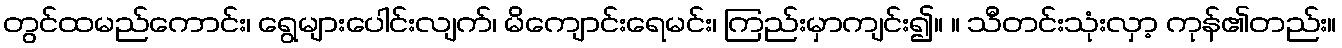
တွင်ထမည်ကောင်း၊ ရွေများပေါင်းလျက်၊ မိကျောင်းရေမင်း၊ ကြည်းမှာကျင်း၍။ ။ သီတင်းသုံးလှာ့ ကုန်၏တည်း။